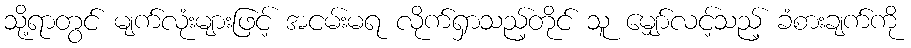
သို့ရာတွင် မျက်လုံးများဖြင့် အငမ်းမရ လိုက်ရှာသည့်တိုင် သူ မျှော်လင့်သည့် ခံစားချက်ကို